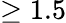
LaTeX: \geq 1.5